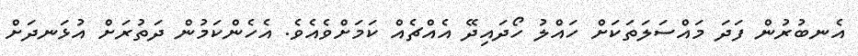
އެނބުރުން ފަދަ މައްސަލަތަކަށް ހައްލު ހޯދައިދޭ އެއްޗެއް ކަމަށްވެއެވެ. އެހެންކަމުން ދަތުރަށް އުޅަނދަށް